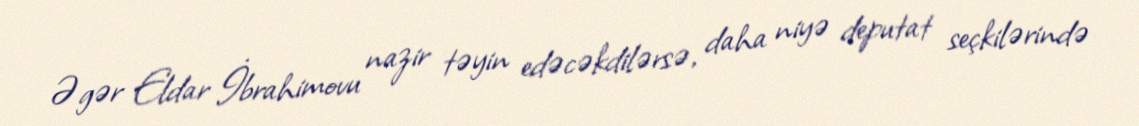
Əgər Eldar İbrahimovu nazir təyin edəcəkdilərsə, daha niyə deputat seçkilərində